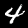
Label: 4